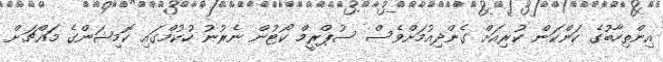
އިންތިހާބުގެ ކަންކަން ކުރިއަށް ގެންދިއުމަށްވެސް ސުޕްރީމް ކޯޓުން ނެރުނު ހުކުމްގައި ކޮމިޝަންގެ މައްޗަށް